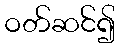
ဝတ်ဆင်၍